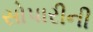
સોપારીની